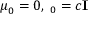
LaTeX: { \boldsymbol { \mu } } _ { 0 } = 0 , \mathbf { \Lambda } _ { 0 } = c \mathbf { I }